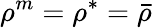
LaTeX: \rho^{m}=\rho^{*}=\bar{\rho}